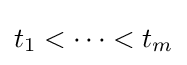
t_{1}<\cdots <t_{m}